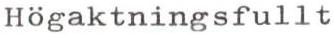
Högaktningsfullt